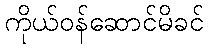
ကိုယ်ဝန်ဆောင်မိခင်